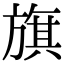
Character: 旗